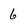
Character: 6